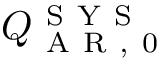
Q _ { \mathrm { ~ A ~ R ~ , ~ 0 ~ } } ^ { \mathrm { ~ S ~ Y ~ S ~ } }